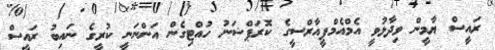
ރައީސް ޔާމީން ވިދާޅުވީ އެމްއެމްޕީއާރްސީގެ ކޮރަޕްޝަނު ހުއްޓިގެން އަންނަނީ ކުރީގެ ނައިބު ރައީސް